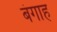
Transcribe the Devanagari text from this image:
बंगाह